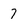
Character: 7